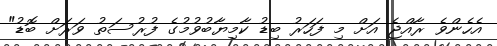
އެހެންވެ ރާއްޖެ އަށް މި ފަހަރު ބިޑު ކާމިޔާބުވުމުގެ ފުރުސަތު ވަރަށް ބޮޑު"